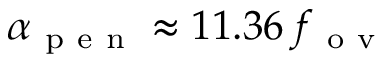
\alpha _ { \mathrm { ~ p ~ e ~ n ~ } } \approx 1 1 . 3 6 \, f _ { \mathrm { ~ o ~ v ~ } }